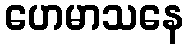
ဟေမာသနေ